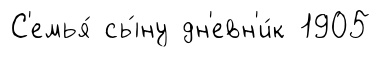
С'емья́ сы́ну дн'евн'и́к 1905